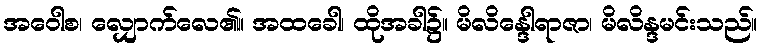
အဝေါစ၊ လျှောက်လေ၏။ အထခေါ၊ ထိုအခါ၌။ မိလိန္ဒေါရာဇာ၊ မိလိန္ဒမင်းသည်။